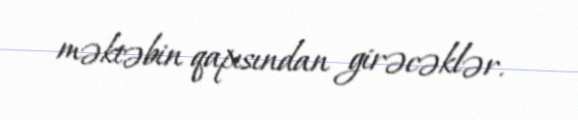
məktəbin qapısından girəcəklər.